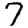
Digit: 7